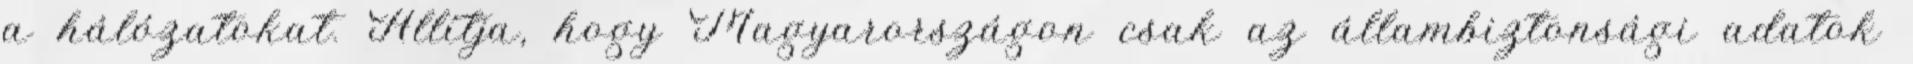
a hálózatokat. Állítja, hogy Magyarországon csak az állambiztonsági adatok